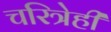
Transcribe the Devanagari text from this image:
चरित्रेही